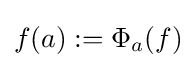
f(a):=\Phi _{a}(f)